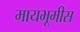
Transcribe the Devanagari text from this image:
मायभूमीस